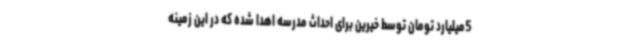
5میلیارد تومان توسط خیرین برای احداث مدرسه اهدا شده که در این زمینه